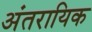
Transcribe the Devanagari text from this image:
अंतरायिक